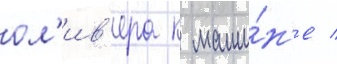
ол'ив'ера к маши́н'е /